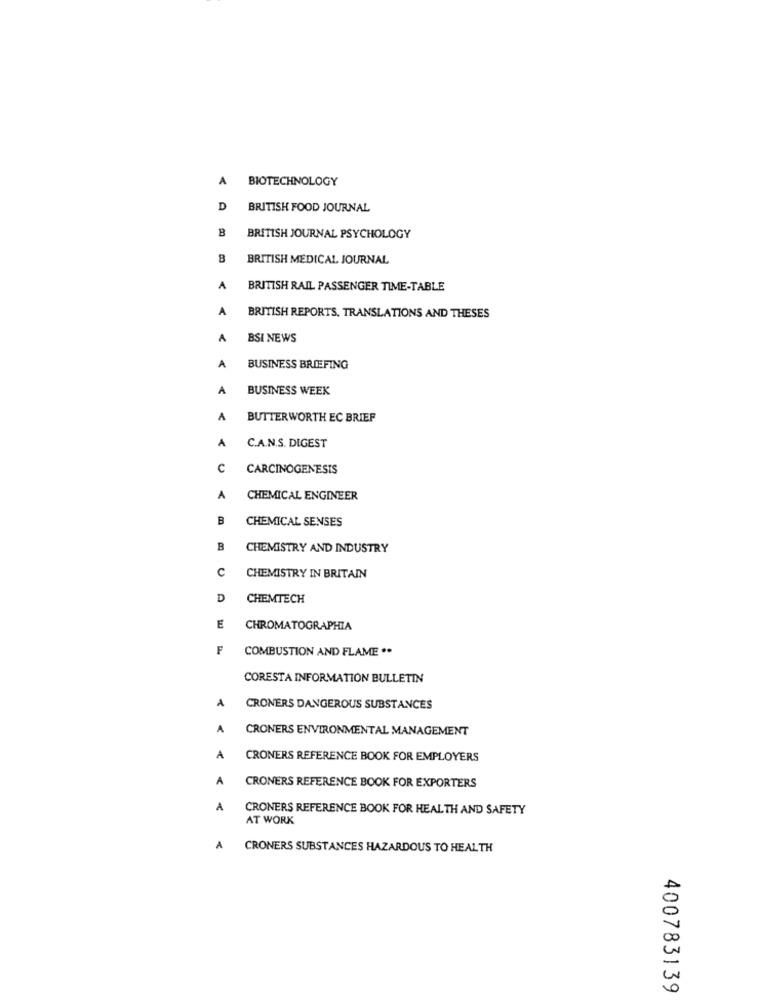
A
BIOTECHNOLOGY
D
BRITISH FOOD JOURNAL
B
BRITISH JOURNAL PSYCHOLOGY
BRITISH MEDICAL JOURNAL
A
BRITISH RAIL PASSENGER TIME-TABLE
A
BRITISH REPORTS, TRANSLATIONS AND THESES
A
BSI NEWS
A
BUSINESS BRIEFING
A
BUSINESS WEEK
A
BUTTERWORTH EC BRIEF
A
C.A.N.S. DIGEST
C
CARCINOGENESIS
A
CHEMICAL ENGINEER
B
CHEMICAL SENSES
B
CHEMISTRY AND INDUSTRY
C
CHEMISTRY IN BRITAIN
D
CHEMTECH
E
CHROMATOGRAPHIA
F
COMBUSTION AND FLAME ..
CORESTA INFORMATION BULLETIN
A
CRONERS DANGEROUS SUBSTANCES
A
CRONERS ENVIRONMENTAL MANAGEMENT
A
CRONERS REFERENCE BOOK FOR EMPLOYERS
A
CRONERS REFERENCE BOOK FOR EXPORTERS
A
CRONERS REFERENCE BOOK FOR HEALTH AND SAFETY
AT WORK
A
CRONERS SUBSTANCES HAZARDOUS TO HEALTH
400783139